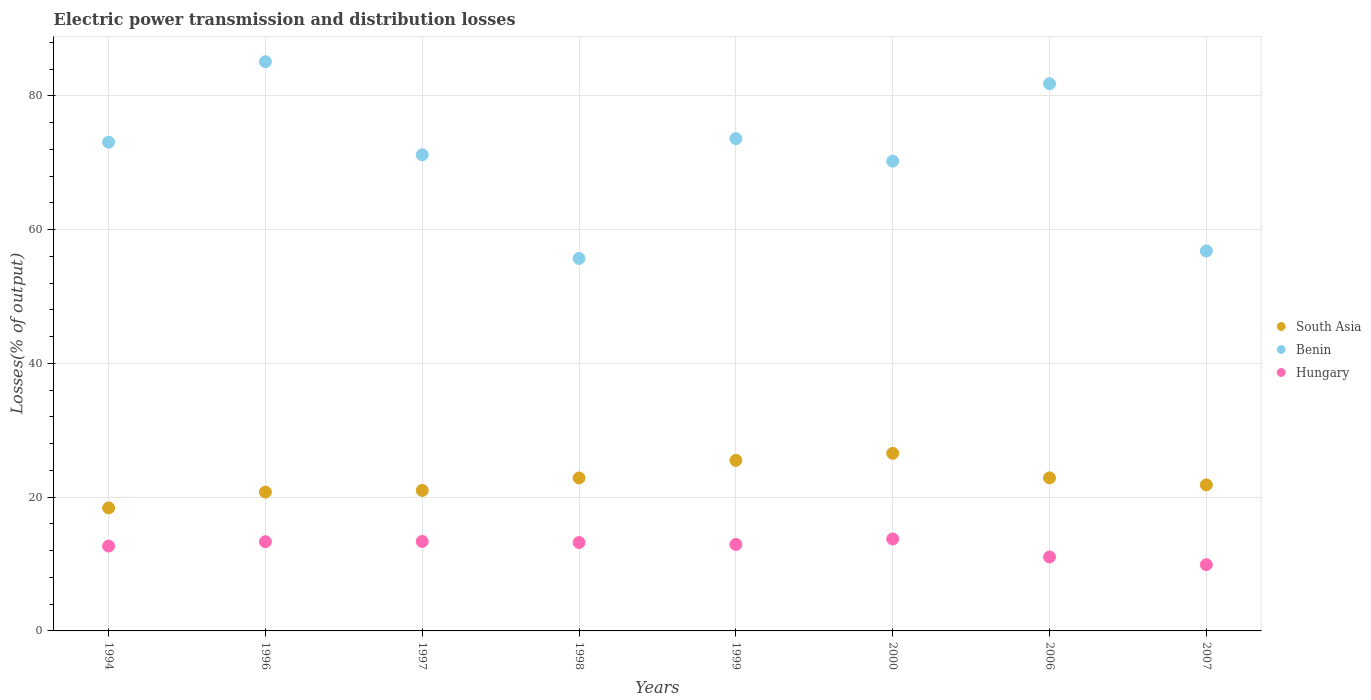
| Years | South Asia | Benin | Hungary |
 | --- | --- | --- | --- |
 | 1994 | 18.4 | 73.1 | 12.7 |
 | 1996 | 20.8 | 85.1 | 13.3 |
 | 1997 | 21 | 71.2 | 13.4 |
 | 1998 | 22.9 | 55.7 | 13.2 |
 | 1999 | 25.5 | 73.6 | 12.9 |
 | 2000 | 26.6 | 70.2 | 13.8 |
 | 2006 | 22.9 | 81.8 | 11.1 |
 | 2007 | 21.8 | 56.8 | 9.91 |